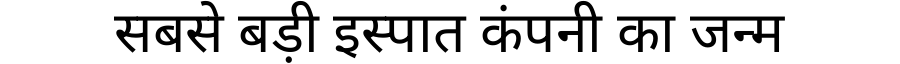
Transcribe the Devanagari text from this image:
सबसे बड़ी इस्पात कंपनी का जन्म